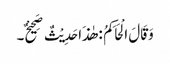
وَقَالَ الْحَاکِمُ : ھٰذَا حَدِیْثٌ صَحِیْحٌ۔